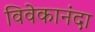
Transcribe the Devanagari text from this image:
विवेकानंदा